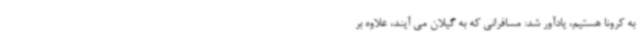
به کرونا هستیم، یادآور شد: مسافرانی که به گیلان می آیند، علاوه بر